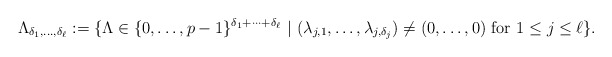
\begin{align*} \Lambda_{\delta_1, \ldots, \delta_{\ell}} := \{ \Lambda \in \{0, \ldots, p-1\}^{ \delta_1 + \cdots + \delta_{\ell}}~ |~ (\lambda_{j,1}, \ldots, \lambda_{j, \delta_j}) \neq (0, \ldots, 0) {\rm~for~} 1 \leq j \leq \ell \}.\end{align*}